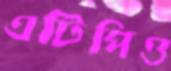
এটিপিও